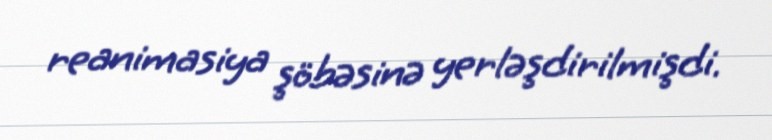
reanimasiya şöbəsinə yerləşdirilmişdi.